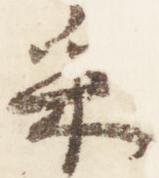
采